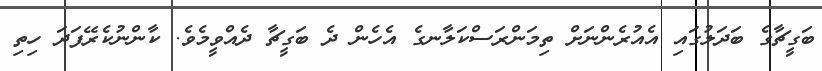
ބަގީޗާގެ ބަދަލުގައި އެއުރެންނަށް ތިމަންރަސްކަލާނގެ އެހެން ދެ ބަގީޗާ ދެއްވީމެވެ. ކާންނުކެރޭފަދަ ހިތި